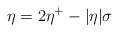
\begin{align*}\eta= 2\eta^+ -|\eta|\sigma\end{align*}